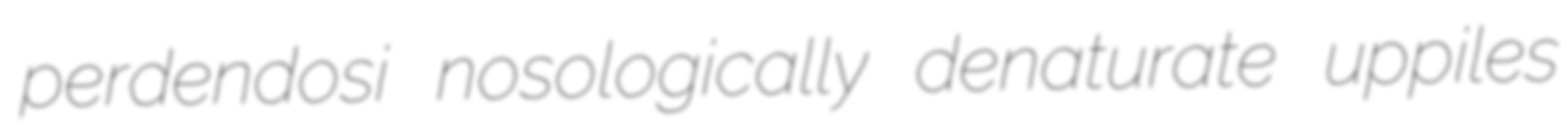
perdendosi nosologically denaturate uppiles